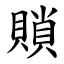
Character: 䞆